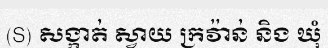
(S) សង្កាត់ ស្វាយ ក្រវ៉ាន់ និង ឃុំ